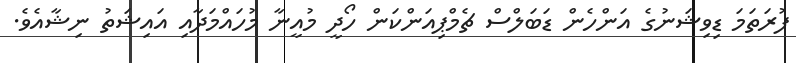
ފުރަތަމަ ޑިވިޝަނުގެ އަންހެން ޑަބަލްސް ޗެމްޕިއަންކަން ހޯދީ މުއީނާ މުހައްމަދާއި އައިޝަތު ނިޝާއެވެ.